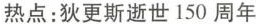
热点:狄更斯逝世150周年